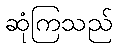
ဆုံကြသည်